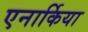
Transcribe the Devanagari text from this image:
एनार्किया